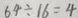
6 4 \div 1 6 = 4